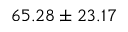
6 5 . 2 8 \pm 2 3 . 1 7